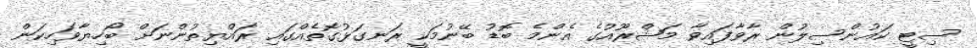
ސިޓީ ކައުންސިލުން ރާވާފައިވާ މަޝްރޫއުގެ އެންމެ ބޮޑު ބޭނުމަކީ ރަނގަޅުގޮތެއްގައި ރައްޔިތުންނަށް ބޯހިޔާވަހިކަން